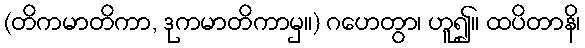
(တိကမာတိကာ, ဒုကမာတိကာမှ။) ဂဟေတွာ၊ ဟူ၍။ ထပိတာနိ၊